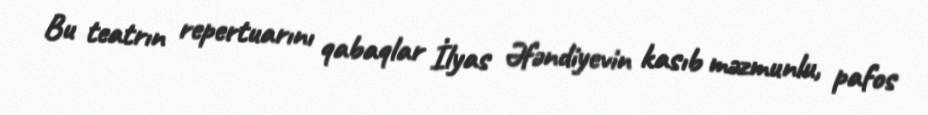
Bu teatrın repertuarını qabaqlar İlyas Əfəndiyevin kasıb məzmunlu, pafos